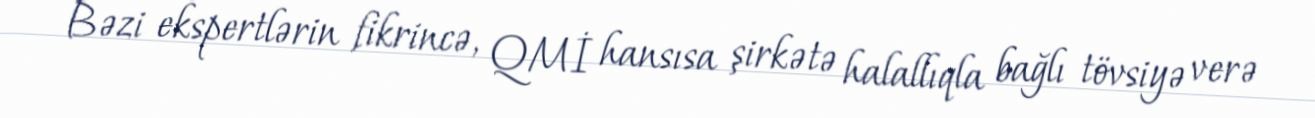
Bəzi ekspertlərin fikrincə, QMİ hansısa şirkətə halallıqla bağlı tövsiyə verə